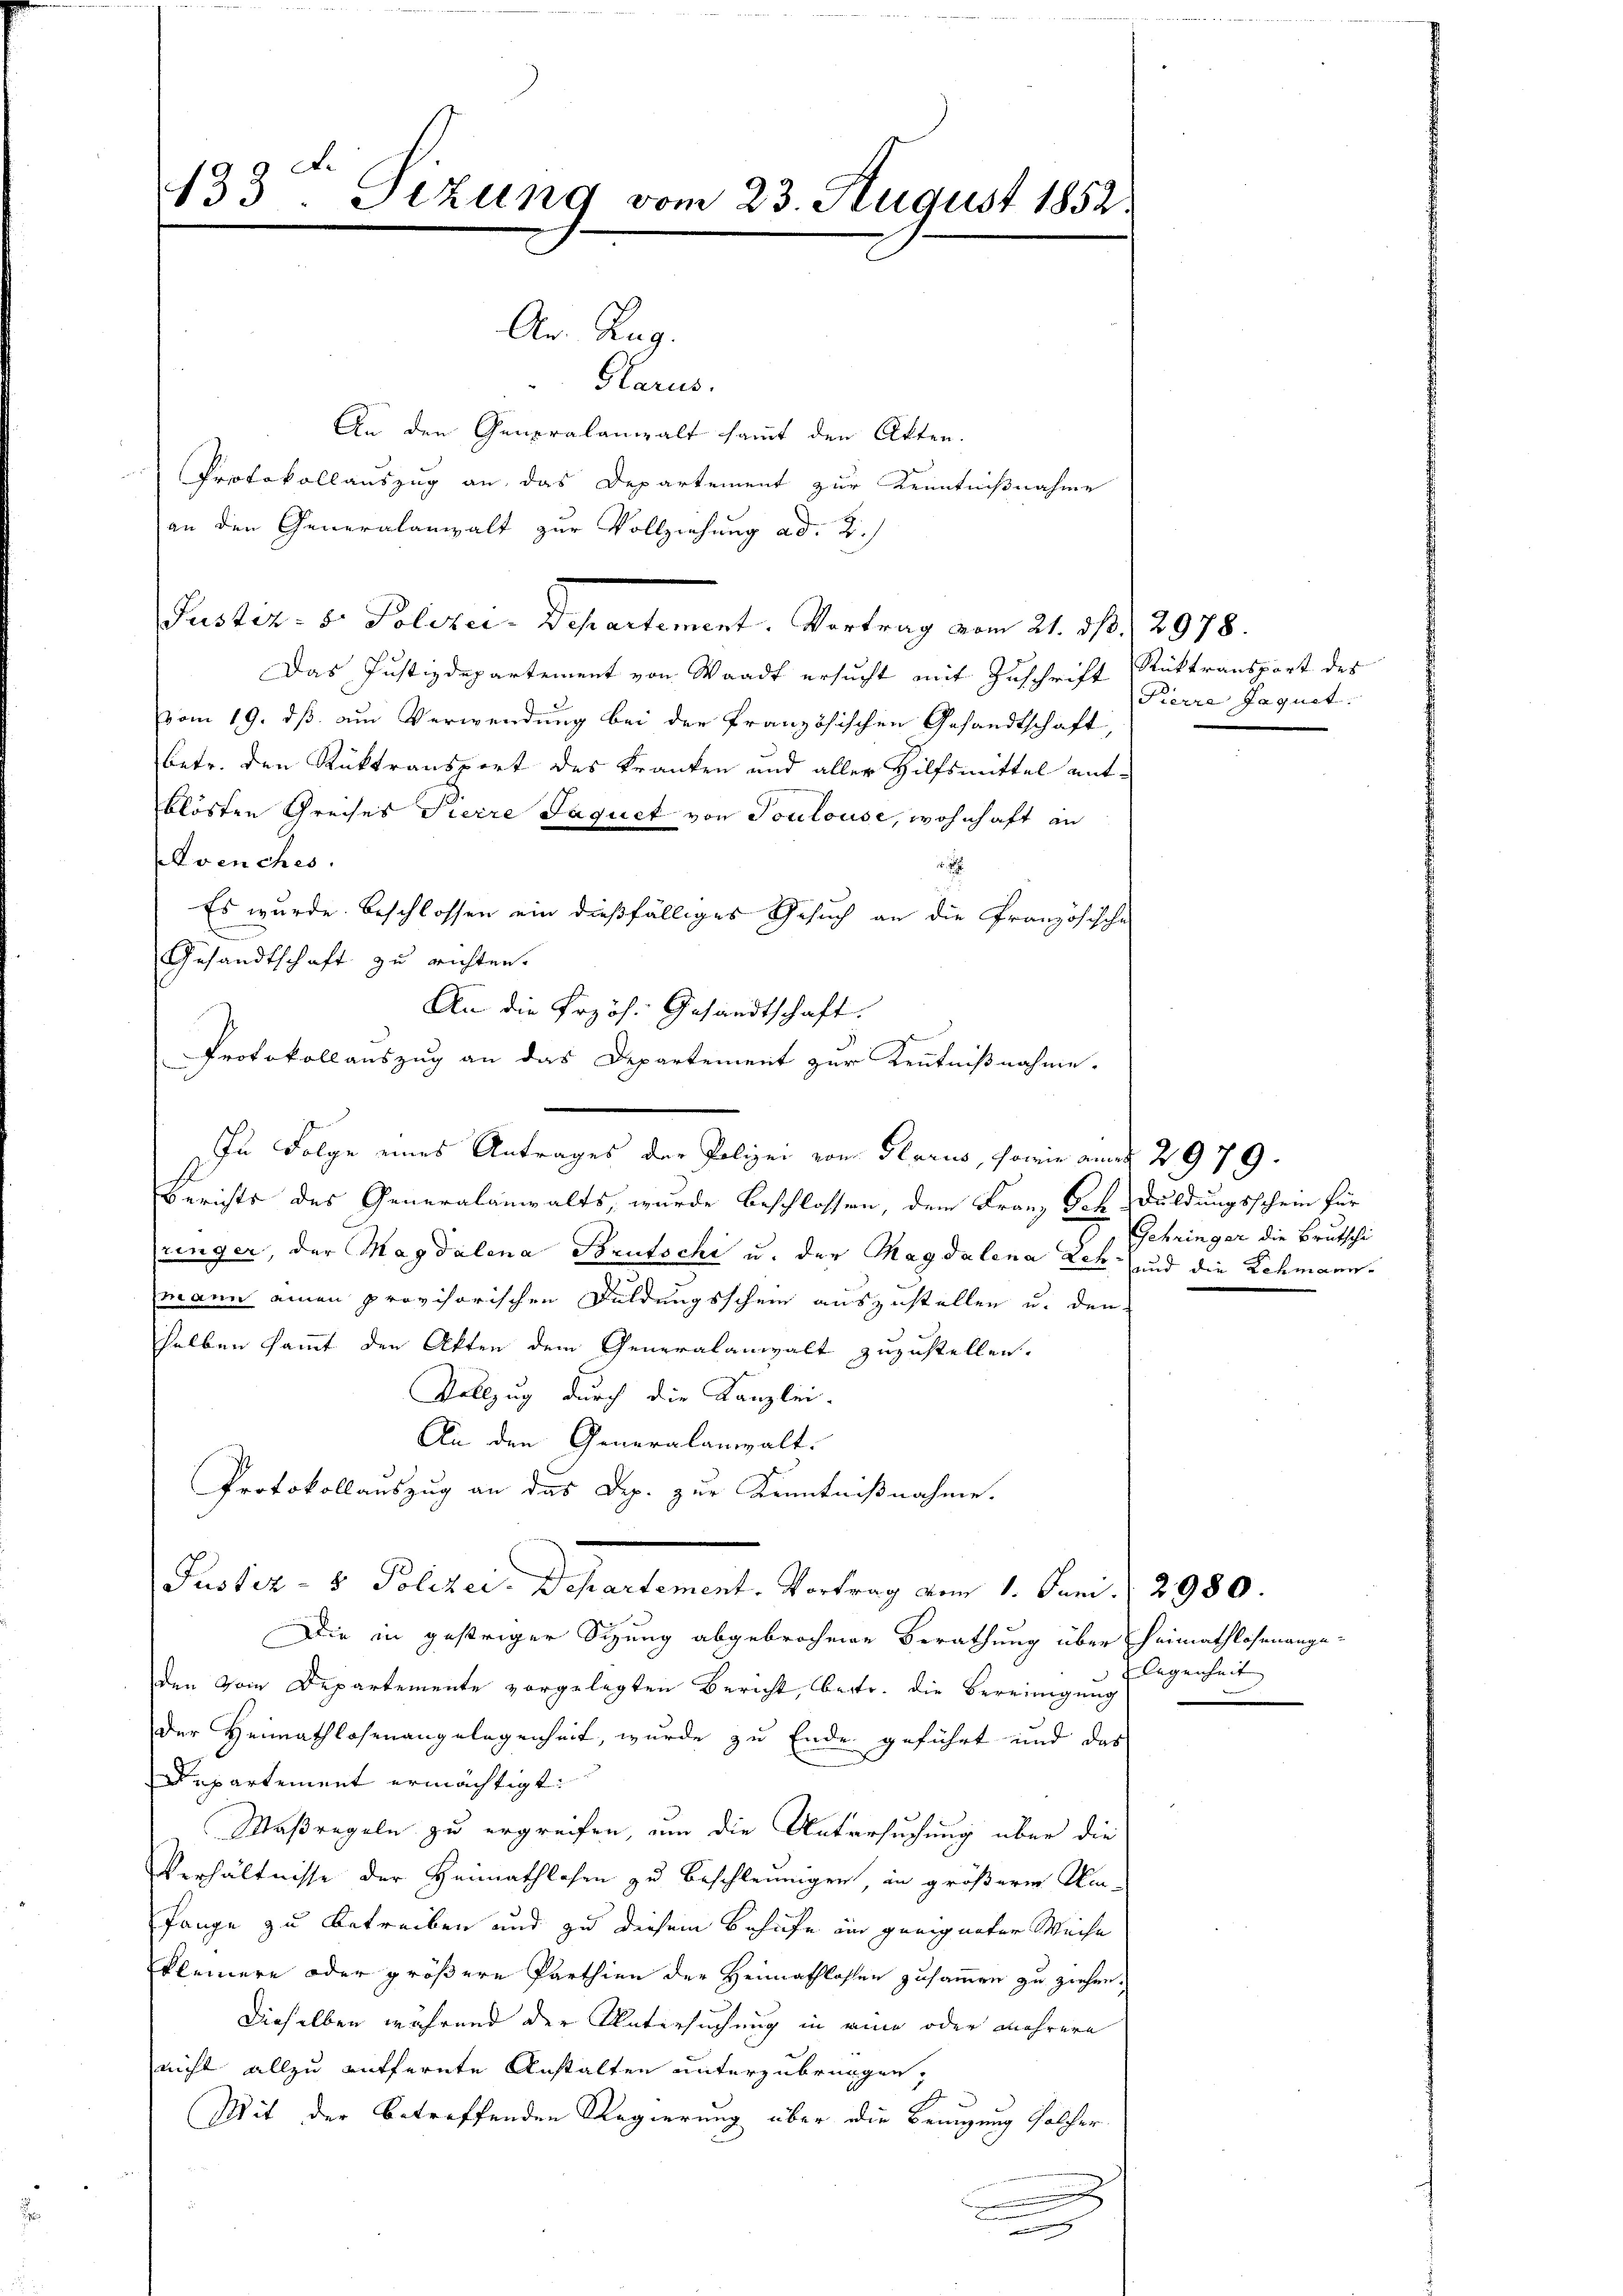
.

133. Sizung vom 23. August 1852.

An. Aug.
Glarus.
An den Generalanwalt sammt den Akten.
Protokollauszug an das Departement zur Kenntnißnahme
an den Generalanwalt zur Vollziehung ad 2.)
Justiz- u. Polizei-Departement. Vortrag vom 21. 31, 2978.
Das Justizdepartement von Waadt ersucht mit Zuschrift
vom 19. dß am Verwendung bei der französischen Gesandtschaft
betr. den Rücktransport des Kranken und aller Hilfsmittel entblösten Greises Pierre Jaquet von Toulouse, wohnhaft an
Avenches.

Es wurde beschlossen ein dießfälliges Gesuch an die Französische
Gesandtschaft zu richten.
An die Przös. Gesandtschaft.
Protokollauszug an das Departement zur Kenntnißnahme.
In Folge eines Antrages der Polizei von Glarus, sowie aus 2979.
Berichts des Generalanwalts, wurde beschlossen, dem Franz Sch. Duldungsschein für
lringer, der Magdalena Brutschi u. der Magdalena Sch (und die Lehmannmann einen provisorischen Duldungsschein auszustellen u. den
selben sammt den Akten dem Generalanwalt zuzustellen.
Vollzug durch die Kanzlei-
An den Generalanwalt.
Protokollauszug an das Dep. zur Kenntnißnahme.
Justiz- & Polizei-Departement. Vortrag vom 1. Juni 2980.
Die in gestriger Sizung abgebrochene Berathung über Heimathlosenange-
den vom Departemente vorgelegten Bericht, betr. die Bereinigung
der Heimathlosenangelegenheit, wurde zu Ende geführt und das
Departement ermächtigt:
Maßregeln zu ergreifen, um die Untersuchung über die
Verhältnisse der Heimathlosen zu beschleunigen, in größere Umfange zu betreiben und zu diesem Behufe im geeigneter Weise
kleinere oder größere Parthien der Heimathlossen zusammen zu ziehen.
Dieselben während der Untersuchung in eine oder mehrere
nicht allzu entfernte Anstalten unterzubringen,
Mit der betreffenden Regierung über die Benutzung Halfer
.
.

Rüktransport des
Pierre Jaquet

Gehringer die Brutschi

legenheit |